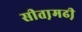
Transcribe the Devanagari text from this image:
सीता़मढी़